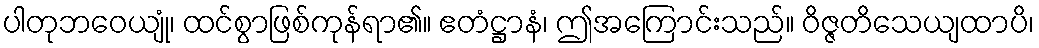
ပါတုဘဝေယျုံ၊ ထင်စွာဖြစ်ကုန်ရာ၏။ ဧတံဋ္ဌာနံ၊ ဤအကြောင်းသည်။ ဝိဇ္ဇတိသေယျထာပိ၊